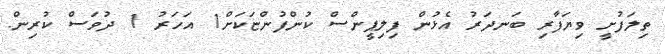
ތިލަފުށީ ވިޔަފާރި ބަނދަރު އެޅުން ފިލިޕީންސް ކުންފުންޏަކަށް1 އަހަރު 1 ދުވަސް ކުރިން.